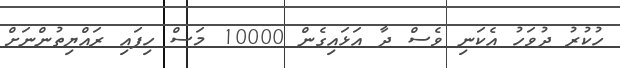
ހުކުރު ދުވަހު އެކަނި ވެސް ދާ އަޅައިގެން 10000 މަސް ހިފައި ރައްޔިތުންނަށް